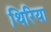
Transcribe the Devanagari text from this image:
थिरिया